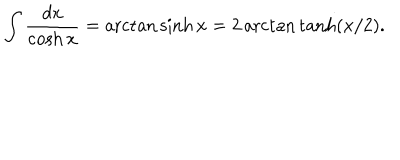
\displaystyle \int \displaystyle \frac { d x } { \cosh x } = \operatorname { a r c t a n } \sinh x = 2 \operatorname { a r c t a n } \tanh ( x / 2 ) .